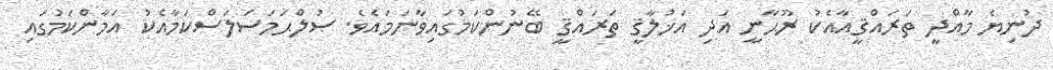
ދުނިޔެ މާއްދީ ތަރައްޤީއާއެކު ރޫޙާނީ އަދި އަޚުލާޤީ ތަރައްޤީ ބޭނުންކަމުގައިވާނަމައެވެ. ޞުލްޙަމަސަލަސްކަމާއެކު އަމާންކަމުގައި